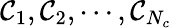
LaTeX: \mathcal{C}_{1},\mathcal{C}_{2},\cdots,\mathcal{C}_{N_{c}}